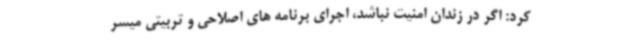
کرد: اگر در زندان امنیت نباشد، اجرای برنامه های اصلاحی و تربیتی میسر